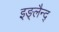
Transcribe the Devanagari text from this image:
इङ्लैन्द्